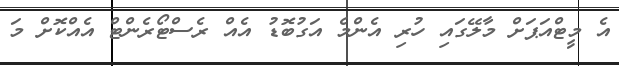
އެ މީޓްއަޕަށް މާލޭގައި ހުރި އެންމެ އަގުބޮޑު އެއް ރެސްޓޯރެންޓް އެއްކޮށް މަ